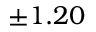
\pm 1 . 2 0 \